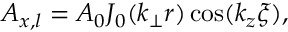
A _ { x , l } = A _ { 0 } J _ { 0 } ( k _ { \perp } r ) \cos ( k _ { z } \xi ) ,